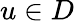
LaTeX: u\in D